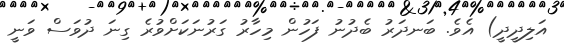
އަލިދީދީ) އެވެ. ބަނދަރު ބެދުނު ފަހުން މިހާރު ގަރުނަކަށްވުރެ ގިނަ ދުވަސް ވަނީ